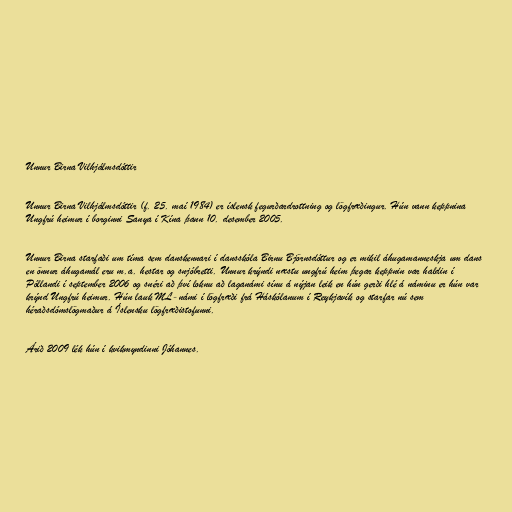
Unnur Birna Vilhjálmsdóttir

Unnur Birna Vilhjálmsdóttir (f. 25. maí 1984) er íslensk fegurðardrottning og lögfræðingur. Hún vann keppnina
Ungfrú heimur í borginni Sanya í Kína þann 10. desember 2005.

Unnur Birna starfaði um tíma sem danskennari í dansskóla Birnu Björnsdóttur og er mikil áhugamanneskja um dans
en önnur áhugamál eru m.a. hestar og snjóbretti. Unnur krýndi næstu ungfrú heim þegar keppnin var haldin í
Póllandi í september 2006 og snéri að því loknu að laganámi sínu á nýjan leik en hún gerði hlé á náminu er hún var
krýnd Ungfrú heimur. Hún lauk ML-námi í lögfræði frá Háskólanum í Reykjavík og starfar nú sem
héraðsdómslögmaður á Íslensku lögfræðistofunni.

Árið 2009 lék hún í kvikmyndinni Jóhannes.